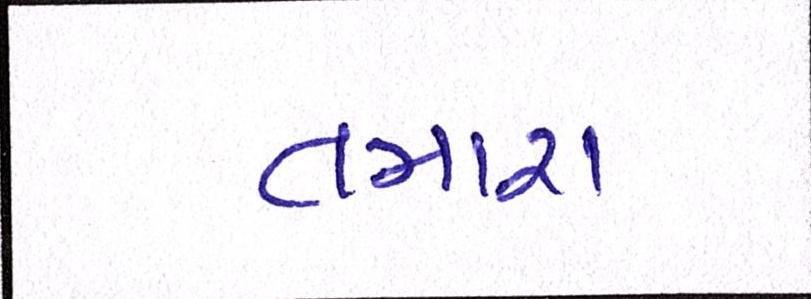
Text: તમારા